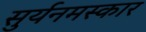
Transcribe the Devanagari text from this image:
सुर्यनमस्कार